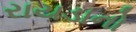
રાયડાનો